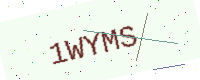
Text: 1WYMS